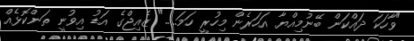
"ވާހަކަ ދައްކަން ބޭނުމިއްޔާ އަހަރެން މިހުރީ ހަމަ....." ޒެއިޖްގެ އަޑު އިވުނީ ތަންކޮޅެއް